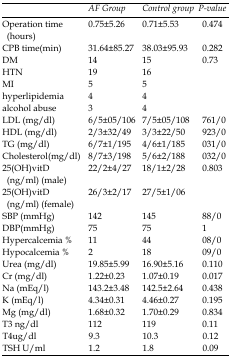
|  | AF Group | Control group | P-value |
 | --- | --- | --- | --- |
 | Operation time (hours) | 0.75±5.26 | 0.71±5.53 | 0.474 |
 | CPB time(min) | 31.64±85.27 | 38.03±95.93 | 0.282 |
 | DM | 14 | 15 | 0.73 |
 | HTN | 19 | 16 |  |
 | MI | 5 | 5 |  |
 | hyperlipidemia | 4 | 4 |  |
 | alcohol abuse | 3 | 4 |  |
 | LDL (mg/dl) | 6/5±05/106 | 7/5±05/108 | 761/0 |
 | HDL (mg/dl) | 2/3±32/49 | 3/3±22/50 | 923/0 |
 | TG (mg/dl) | 6/7±1/195 | 4/6±1/185 | 031/0 |
 | Cholesterol(mg/dl) | 8/7±3/198 | 5/6±2/188 | 032/0 |
 | 25(OH)vitD(ng/ml) (male) | 22/2±4/27 | 18/1±2/28 | 0.803 |
 | 25(OH)vitD(ng/ml) (female) | 26/3±2/17 | 27/5±1/06 |  |
 | SBP (mmHg) | 142 | 145 | 88/0 |
 | DBP(mmHg) | 75 | 75 | 1 |
 | Hypercalcemia % | 11 | 44 | 08/0 |
 | Hypocalcemia % | 2 | 18 | 09/0 |
 | Urea (mg/dl) | 19.85±5.99 | 16.90±5.16 | 0.110 |
 | Cr (mg/dl) | 1.22±0.23 | 1.07±0.19 | 0.017 |
 | Na (mEq/l) | 143.2±3.48 | 142.5±2.64 | 0.438 |
 | K (mEq/l) | 4.34±0.31 | 4.46±0.27 | 0.195 |
 | Mg (mg/dl) | 1.68±0.32 | 1.70±0.29 | 0.834 |
 | T3 ng/dl | 112 | 119 | 0.11 |
 | T4ug/dl | 9.3 | 10.3 | 0.12 |
 | TSH U/ml | 1.2 | 1.8 | 0.09 |